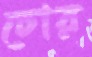
চোর